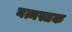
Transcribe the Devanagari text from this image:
नत्मस्तक